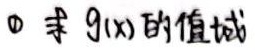
\textcircled{1} 求 \(g(x)\) 的值域